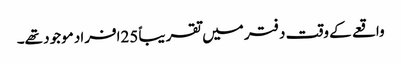
واقعے کے وقت دفتر میں تقریباً 25افراد موجود تھے۔